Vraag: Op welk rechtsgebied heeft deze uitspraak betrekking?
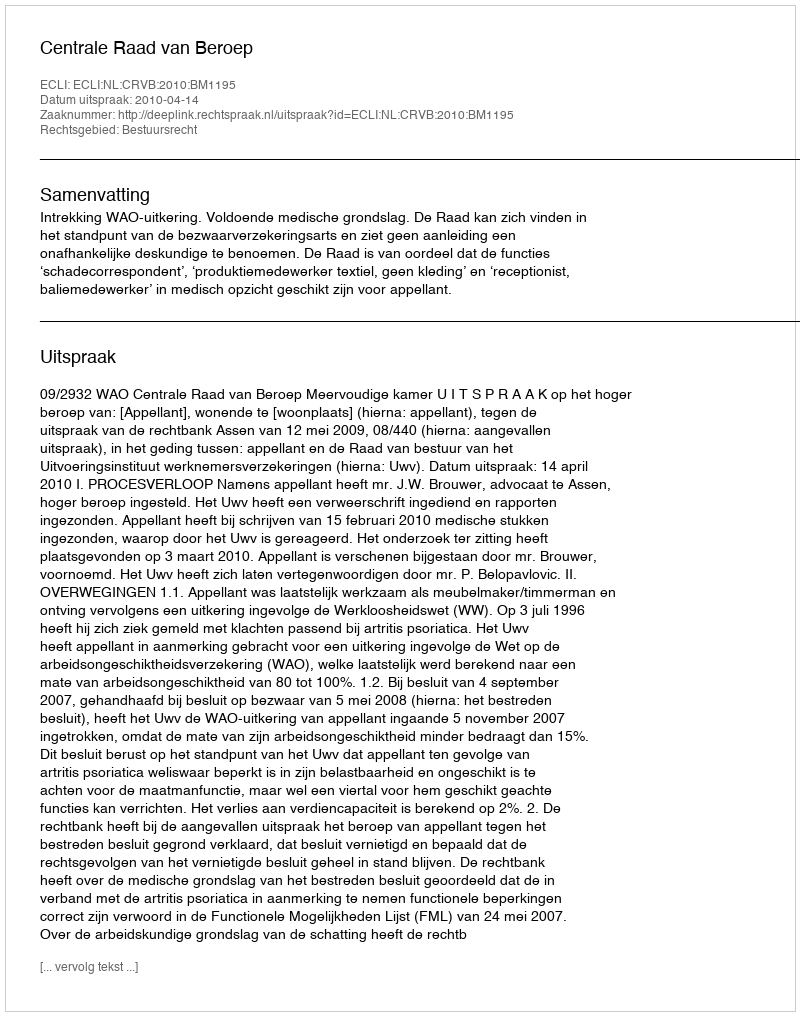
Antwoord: Bestuursrecht